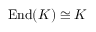
\operatorname { E n d } ( K ) \cong K